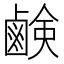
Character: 鹸